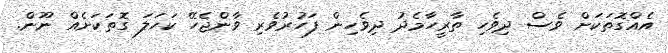
އެއްގޮތަކަށް ވެސް ދިވެހި ތާރީހާމެދު ދިވެހިން ފަހުރުވެރި ވާންޖެހޭ ކަހަލަ ގޮތަކަށެއް ނޫން.